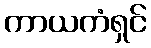
ကာယကံရှင်